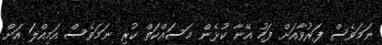
ނަމަވެސް ފަރުވާއަށް ފަހު އޭނާ ކުޅެން މަސައްކަތް ކުރި ނަމަވެސް އަމިއްލަ އަށް